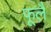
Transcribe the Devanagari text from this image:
फूलै